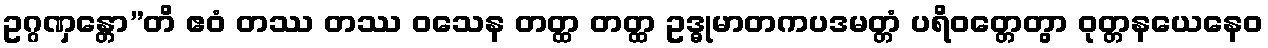
ဥဂ္ဂဏှန္တော”တိ ဧဝံ တဿ တဿ ဝသေန တတ္ထ တတ္ထ ဥဒ္ဓုမာတကပဒမတ္တံ ပရိဝတ္တေတွာ ဝုတ္တနယေနေဝ